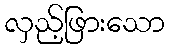
လှည့်ဖြားသော